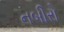
નબીરો